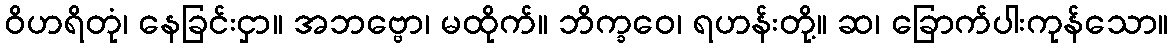
ဝိဟရိတုံ၊ နေခြင်းငှာ။ အဘဗ္ဗော၊ မထိုက်။ ဘိက္ခဝေ၊ ရဟန်းတို့။ ဆ၊ ခြောက်ပါးကုန်သော။